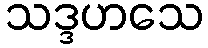
သဒ္ဒဟသေ